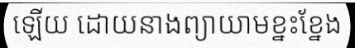
ឡើយ ដោយនាងព្យាយាមខ្នះខ្នែង